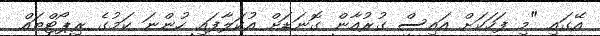
އޭގައި "މި ފަހަކަށް އައިސް ގުރުއާން ގޮނަޑަށް އުކަލާފައި ހުންނަ ކަމުގެ ރިޕޯޓްތައް